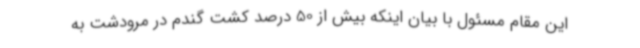
این مقام مسئول با بیان اینکه بیش از 50 درصد کشت گندم در مرودشت به